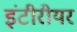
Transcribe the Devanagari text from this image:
इंटीरीयर